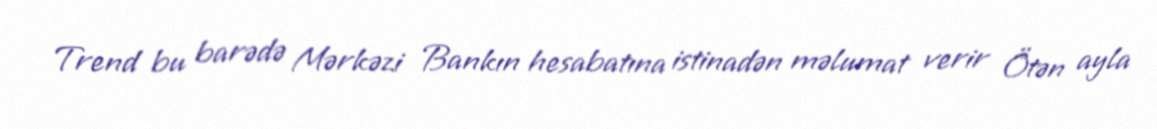
Trend bu barədə Mərkəzi Bankın hesabatına istinadən məlumat verir Ötən ayla